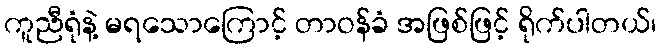
ကူညီရုံနဲ့ မရသောကြောင့် တာဝန်ခံ အဖြစ်ဖြင့် ရိုက်ပါတယ်၊